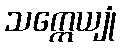
သက္ကေယျုံ